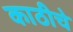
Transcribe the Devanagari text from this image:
काठीचे